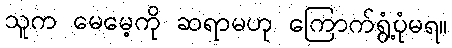
သူက မေမေ့ကို ဆရာမဟု ကြောက်ရွံ့ပုံမရ။